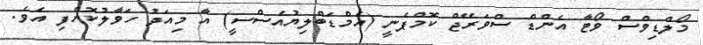
މޯލްޑިވްސް ވޯޓާ އެންޑް ސްވަރޭޖް ކޮމްޕެނީ (އެމްޑަބްލިޔުއެސްސީ) އާ މިއަދު ހަވާލުކޮށްފި އެވެ.